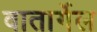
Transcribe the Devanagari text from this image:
वातार्गेल